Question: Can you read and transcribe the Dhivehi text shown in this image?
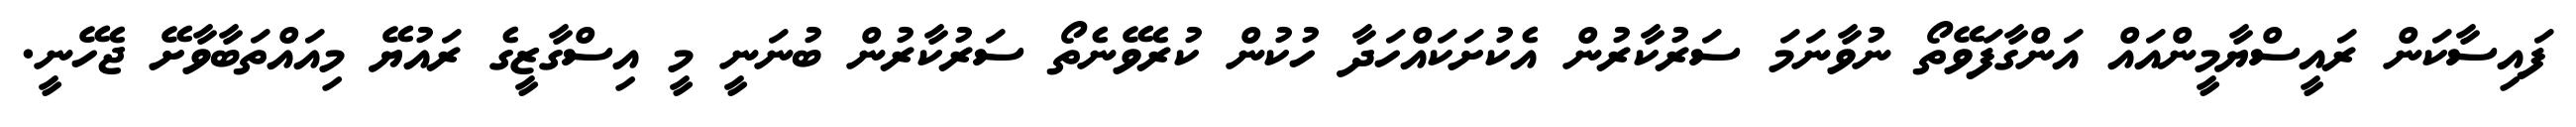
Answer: ފައިސާކަން ރައީސްޔާމީންއައް އަންގާފަވޭތޯ ނުވާނަމަ ސަރުކާރުން އެކުށަކައްހަދާ ހުކުން ކުރެވޭނެތޯ ސަރުކާރުން ބުނަނީ މީ އިސްގާޒީގެ ރައުޔޭ މިއައްތަބާވާށޭ ޖެހޭނީ.